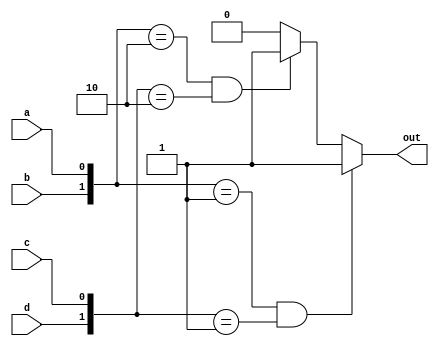
module T4stst(output reg out, input a,b,c,d);
	always@(a,b,c,d)begin
	if ({b,a}== 2'b01 && {d,c}== 2'b01)
		out = 1;
	else if({b,a}== 2'b10 && {d,c}== 2'b10)
		out = 1;
	else
		out = 0;
end
endmodule